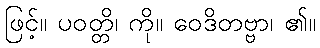
ဖြင့်။ ပဝတ္တိ၊ ကို။ ဝေဒိတဗ္ဗာ၊ ၏။